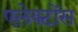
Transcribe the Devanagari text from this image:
एलेक्टोंस